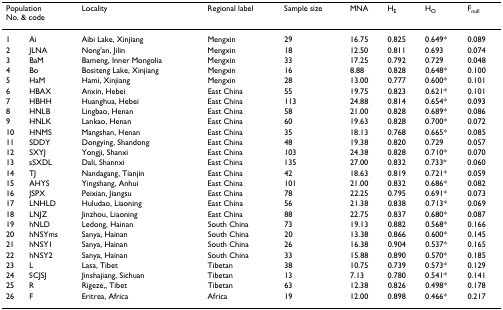
<table><thead><tr><td colspan="2"><b>PopulationNo. &amp; code</b></td><td><b>Locality</b></td><td><b>Regional label</b></td><td><b>Sample size</b></td><td><b>MNA</b></td><td><b>H<sub>E</sub></b></td><td><b>H<sub>O</sub></b></td><td><b>F<sub>null</sub></b></td></tr></thead><tbody><tr><td>1</td><td>Ai</td><td>Aibi Lake, Xinjiang</td><td>Mengxin</td><td>29</td><td>16.75</td><td>0.825</td><td>0.649*</td><td>0.089</td></tr><tr><td>2</td><td>JLNA</td><td>Nong&#x27;an, Jilin</td><td>Mengxin</td><td>18</td><td>12.50</td><td>0.811</td><td>0.693</td><td>0.074</td></tr><tr><td>3</td><td>BaM</td><td>Bameng, Inner Mongolia</td><td>Mengxin</td><td>33</td><td>17.25</td><td>0.792</td><td>0.729</td><td>0.048</td></tr><tr><td>4</td><td>Bo</td><td>Bositeng Lake, Xinjiang</td><td>Mengxin</td><td>16</td><td>8.88</td><td>0.828</td><td>0.648*</td><td>0.100</td></tr><tr><td>5</td><td>HaM</td><td>Hami, Xinjiang</td><td>Mengxin</td><td>28</td><td>13.00</td><td>0.777</td><td>0.600*</td><td>0.101</td></tr><tr><td>6</td><td>HBAX</td><td>Anxin, Hebei</td><td>East China</td><td>55</td><td>19.75</td><td>0.823</td><td>0.621*</td><td>0.101</td></tr><tr><td>7</td><td>HBHH</td><td>Huanghua, Hebei</td><td>East China</td><td>113</td><td>24.88</td><td>0.814</td><td>0.654*</td><td>0.093</td></tr><tr><td>8</td><td>HNLB</td><td>Lingbao, Henan</td><td>East China</td><td>58</td><td>21.00</td><td>0.828</td><td>0.689*</td><td>0.086</td></tr><tr><td>9</td><td>HNLK</td><td>Lankao, Henan</td><td>East China</td><td>60</td><td>19.63</td><td>0.828</td><td>0.700*</td><td>0.072</td></tr><tr><td>10</td><td>HNMS</td><td>Mangshan, Henan</td><td>East China</td><td>35</td><td>18.13</td><td>0.768</td><td>0.665*</td><td>0.085</td></tr><tr><td>11</td><td>SDDY</td><td>Dongying, Shandong</td><td>East China</td><td>48</td><td>19.38</td><td>0.820</td><td>0.729</td><td>0.057</td></tr><tr><td>12</td><td>SXYJ</td><td>Yongji, Shanxi</td><td>East China</td><td>103</td><td>24.38</td><td>0.828</td><td>0.710*</td><td>0.070</td></tr><tr><td>13</td><td>sSXDL</td><td>Dali, Shannxi</td><td>East China</td><td>135</td><td>27.00</td><td>0.832</td><td>0.733*</td><td>0.060</td></tr><tr><td>14</td><td>TJ</td><td>Nandagang, Tianjin</td><td>East China</td><td>42</td><td>18.63</td><td>0.819</td><td>0.721*</td><td>0.059</td></tr><tr><td>15</td><td>AHYS</td><td>Yingshang, Anhui</td><td>East China</td><td>101</td><td>21.00</td><td>0.832</td><td>0.686*</td><td>0.082</td></tr><tr><td>16</td><td>JSPX</td><td>Peixian, Jiangsu</td><td>East China</td><td>78</td><td>22.25</td><td>0.795</td><td>0.691*</td><td>0.073</td></tr><tr><td>17</td><td>LNHLD</td><td>Huludao, Liaoning</td><td>East China</td><td>56</td><td>21.38</td><td>0.838</td><td>0.713*</td><td>0.069</td></tr><tr><td>18</td><td>LNJZ</td><td>Jinzhou, Liaoning</td><td>East China</td><td>88</td><td>22.75</td><td>0.837</td><td>0.680*</td><td>0.087</td></tr><tr><td>19</td><td>hNLD</td><td>Ledong, Hainan</td><td>South China</td><td>73</td><td>19.13</td><td>0.882</td><td>0.568*</td><td>0.166</td></tr><tr><td>20</td><td>hNSYms</td><td>Sanya, Hainan</td><td>South China</td><td>20</td><td>13.38</td><td>0.866</td><td>0.600*</td><td>0.145</td></tr><tr><td>21</td><td>hNSY1</td><td>Sanya, Hainan</td><td>South China</td><td>26</td><td>16.38</td><td>0.904</td><td>0.537*</td><td>0.165</td></tr><tr><td>22</td><td>hNSY2</td><td>Sanya, Hainan</td><td>South China</td><td>33</td><td>15.88</td><td>0.890</td><td>0.570*</td><td>0.185</td></tr><tr><td>23</td><td>L</td><td>Lasa, Tibet</td><td>Tibetan</td><td>38</td><td>10.75</td><td>0.739</td><td>0.573*</td><td>0.129</td></tr><tr><td>24</td><td>SCJSJ</td><td>Jinshajiang, Sichuan</td><td>Tibetan</td><td>13</td><td>7.13</td><td>0.780</td><td>0.541*</td><td>0.141</td></tr><tr><td>25</td><td>R</td><td>Rigeze,, Tibet</td><td>Tibetan</td><td>63</td><td>12.38</td><td>0.826</td><td>0.498*</td><td>0.178</td></tr><tr><td>26</td><td>F</td><td>Eritrea, Africa</td><td>Africa</td><td>19</td><td>12.00</td><td>0.898</td><td>0.466*</td><td>0.217</td></tr></tbody></table>